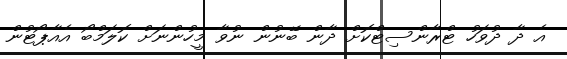
އެ ދާ ދުވަހު ޓްރާންސިޓްކޮށް ދާން ބޭނުން ނުވާ މީހުންނަށް ކޮލަމްބޯ އެއާޕޯޓުން